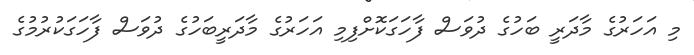
މި އަހަރުގެ މާދަރީ ބަހުގެ ދުވަސް ފާހަގަކޮށްފިމި އަހަރުގެ މާދަރީބަހުގެ ދުވަސް ފާހަގަކުރުމުގެ